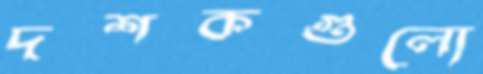
দশকগুলো